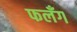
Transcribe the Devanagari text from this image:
फलँग